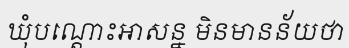
ឃុំបណ្តោះអាសន្ន មិនមានន័យថា